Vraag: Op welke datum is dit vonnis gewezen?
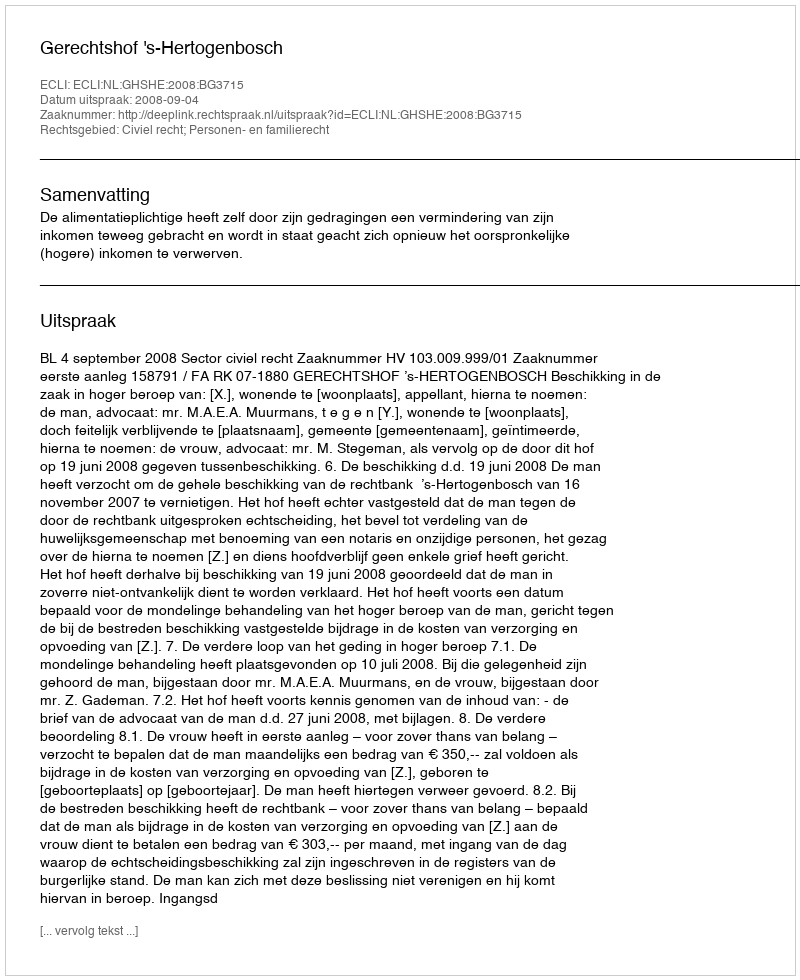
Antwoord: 2008-09-04